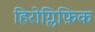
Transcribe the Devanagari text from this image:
हिरोग्लिफ़िक